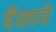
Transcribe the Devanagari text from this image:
हँसाये